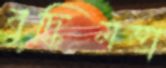
বুদ্ধিমত্তা